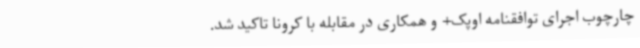
چارچوب اجرای توافقنامه اوپک+ و همکاری در مقابله با کرونا تاکید شد.